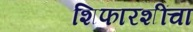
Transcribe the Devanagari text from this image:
शिफारशींचा